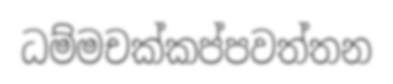
ධම්මචක්කප්පවත්තන